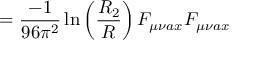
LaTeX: = \frac { - 1 } { 9 6 \pi ^ { 2 } } \ln \left( \frac { R _ { 2 } } { R } \right) F _ { \mu \nu a x } F _ { \mu \nu a x }